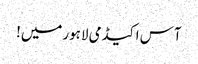
آس اکیڈمی لاہورمیں!